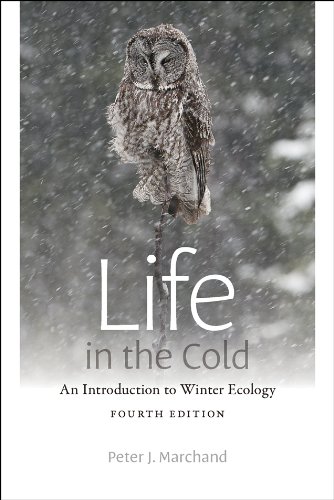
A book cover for Life in the Cold: An Introduction to Winter Ecology, fourth edition; Peter J. Marchand; History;